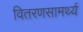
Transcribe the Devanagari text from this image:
वितरणसामर्थ्य